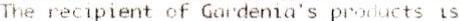
THE RECIPIENT OF GARDENIA'S PRODUCTS IS